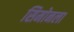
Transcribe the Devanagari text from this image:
सिमोनला